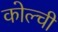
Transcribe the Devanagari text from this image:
कोल्ची